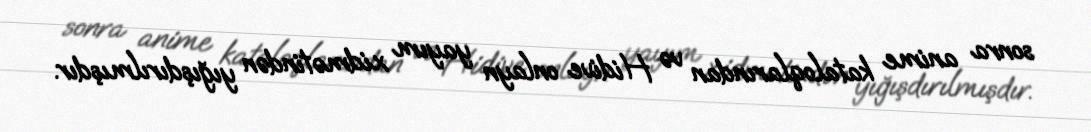
sonra anime kataloqlarından və Hidive onlayn yayım xidmətindən yığışdırılmışdır.